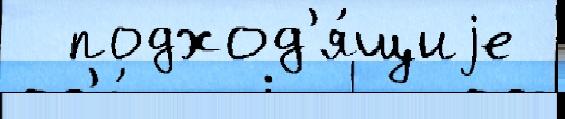
  подход'я́щиjе